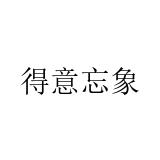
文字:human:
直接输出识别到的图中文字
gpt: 得意忘象